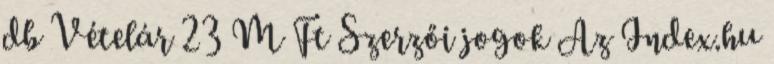
db Vételár 23 M Ft Szerzői jogok Az Index.hu